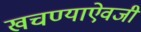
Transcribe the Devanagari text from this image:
खचण्याऐवजी